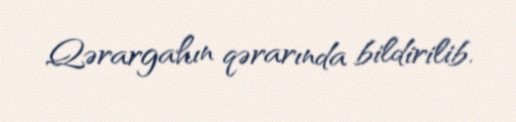
Qərargahın qərarında bildirilib.